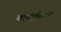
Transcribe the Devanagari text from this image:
वास्तुविचार